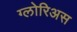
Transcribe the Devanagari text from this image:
ग्लोरिअस